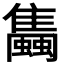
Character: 𧔰